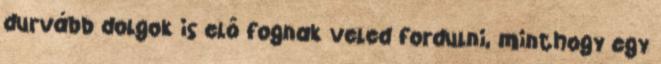
durvább dolgok is elő fognak veled fordulni, minthogy egy